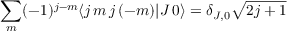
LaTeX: \sum _ { m } ( - 1 ) ^ { j - m } \langle j \, m \, j \, ( - m ) | J \, 0 \rangle = \delta _ { J , 0 } { \sqrt { 2 j + 1 } }